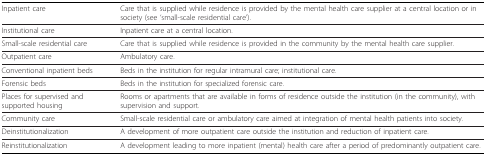
| Inpatient care | Care that is supplied while residence is provided by the mental health care supplier at a central location or in society (see 'small-scale residential care'). |
 | --- | --- |
 | Institutional care | Inpatient care at a central location. |
 | Small-scale residential care | Care that is supplied while residence is provided in the community by the mental health care supplier. |
 | Outpatient care | Ambulatory care. |
 | Conventional inpatient beds | Beds in the institution for regular intramural care; institutional care. |
 | Forensic beds | Beds in the institution for specialized forensic care. |
 | Places for supervised and supported housing | Rooms or apartments that are available in forms of residence outside the institution (in the community), with supervision and support. |
 | Community care | Small-scale residential care or ambulatory care aimed at integration of mental health patients into society. |
 | Deinstitutionalization | A development of more outpatient care outside the institution and reduction of inpatient care. |
 | Reinstitutionalization | A development leading to more inpatient (mental) health care after a period of predominantly outpatient care. |